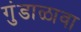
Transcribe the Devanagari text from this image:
गुंडाळावा